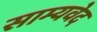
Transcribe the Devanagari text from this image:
साम्‍यवेद